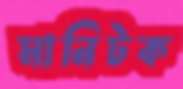
মানিটক